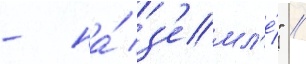
- на́ з'емл'е́" //